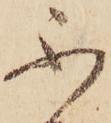
不